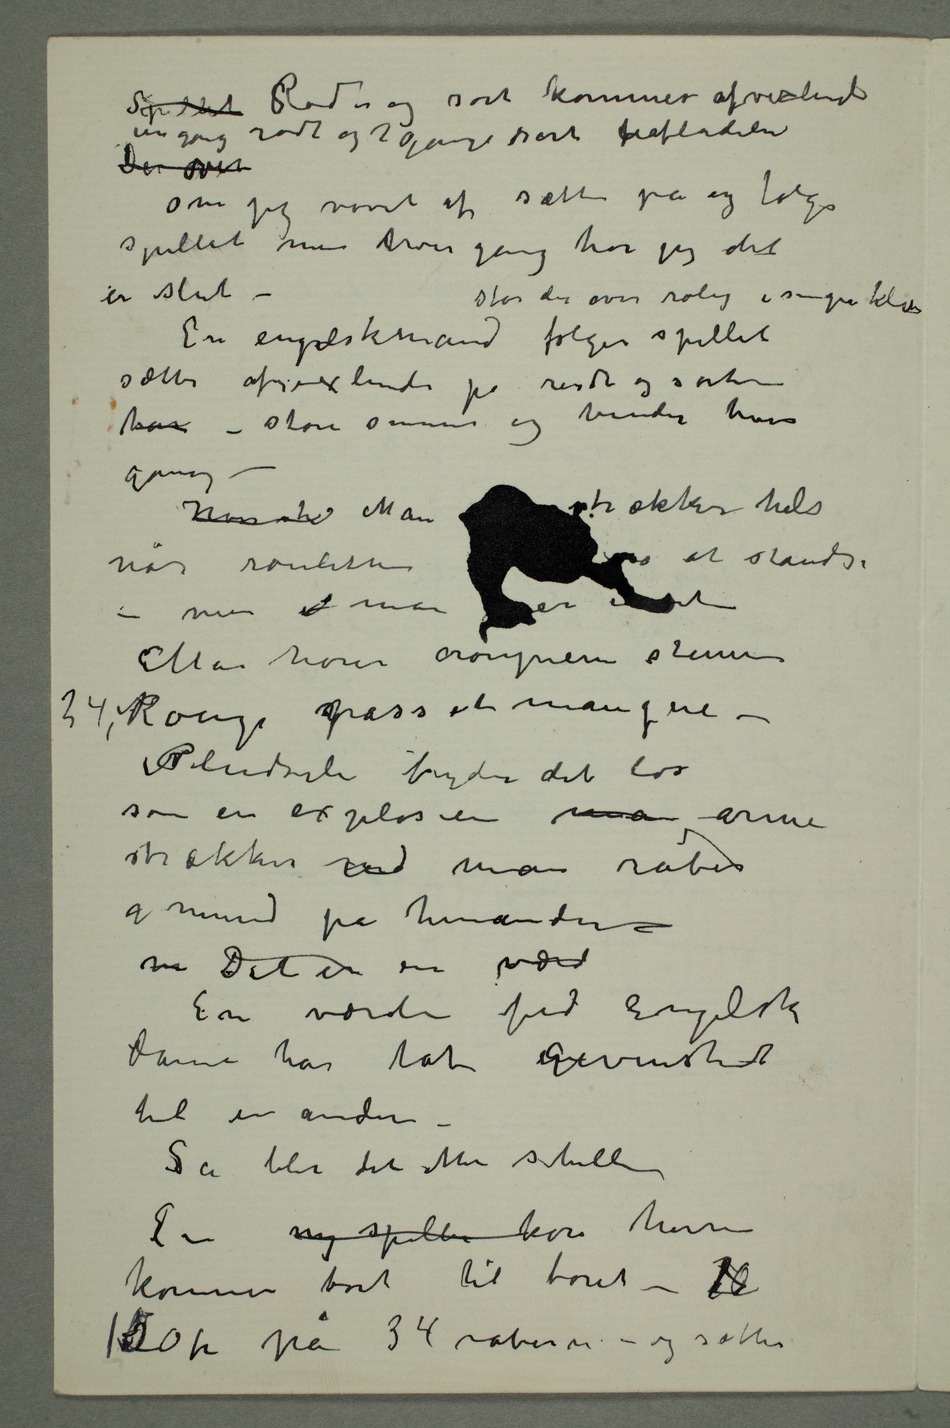
Spillet SRødt og sort kommer afvexlende en
gang rødt og 2 gange sort uafladeli
Om jeg vovet at sætte på og følge
spillet men hver gang tror jeg det
er slut –
sætter afvæxlende på rødt og sort
han – store summer og
når rouletten  at standse
– men  man ser intet
Man hører croupierens stemme
Rouge spasse et manque –
Pludseli bryder det løs
som en explosion man arme
strækkes  man råber
i mund på hinanden –
m Det er en værd
En værdi fed engelsk
dame har tat engevinsten
til en anden
– Så ble det atter stille
En ny spiller kom herre
kommer bort til bordet –
150 fr på 34 råbern – og sætter